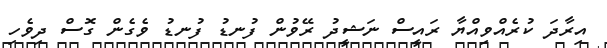
އިރާދަ ކުރެއްވިއްޔާ ރައީސް ނަޝީދު ރޭވުން ފުނޑު ފުނޑު ވެގެން ގޮސް ދިވެހި